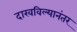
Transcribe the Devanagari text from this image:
दाखविल्यानंतर